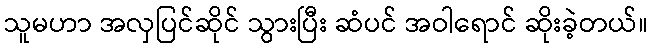
သူမဟာ အလှပြင်ဆိုင် သွားပြီး ဆံပင် အဝါရောင် ဆိုးခဲ့တယ်။